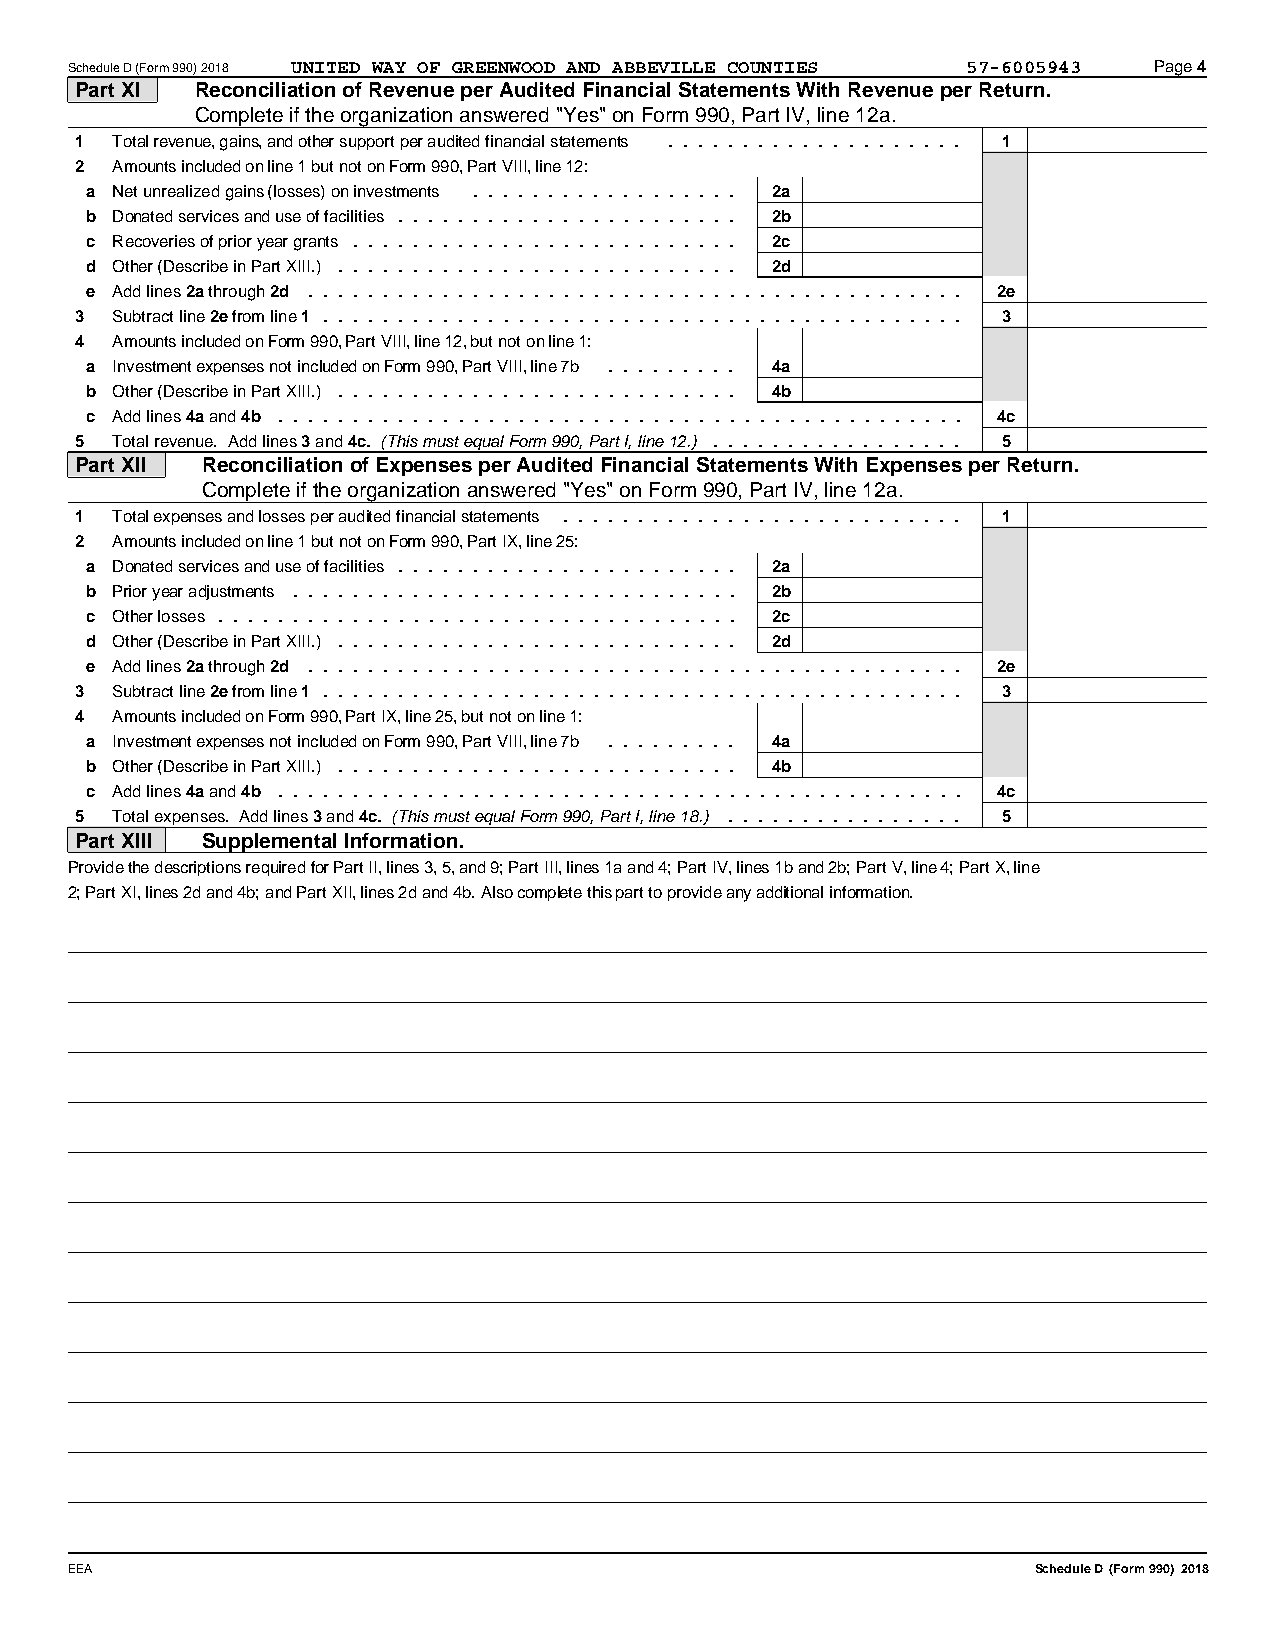
Schedule D (Form 990) 2018 UNITED WAY OF GREENWOOD AND ABBEVILLE COUNTIES 57-6005943 Page 4
 Part XI Reconciliation of Revenue per Audited Financial Statements With Revenue per Return.
 Complete if the organization answered "Yes" on Form 990, Part IV, line 12a.
 1 Total revenue, gains, and other support per audited financial statements .................... 1
 2 Amounts included on line 1 but not on Form 990, Part VIII, line 12:
 a Net unrealized gains (losses) on investments .................. 2a
 b Donated services and use of facilities....................... 2b
 c Recoveries of prior year grants .......................... 2c
 d Other (Describe in Part XIII.) ........................... 2d
 e Add lines 2a through 2d ............................................ 2e
 3 Subtract line 2e from line 1 ........................................... 3
 4 Amounts included on Form 990, Part VIII, line 12, but not on line 1:
 a Investment expenses not included on Form 990, Part VIII, line 7b ......... 4a
 b Other (Describe in Part XIII.) ........................... 4b
 c Add lines 4a and 4b .............................................. 4c
 5 Total revenue. Add lines 3 and 4c. (This must equal Form 990, Part I, line 12.) ................. 5
 Part XII Reconciliation of Expenses per Audited Financial Statements With Expenses per Return.
 Complete if the organization answered "Yes" on Form 990, Part IV, line 12a.
 11 Total expenses and losses per audited financial statements ........................... 1
 22 Amounts included on line 1 but not on Form 990, Part IX, line 25:
 aa Donated services and use of facilities....................... 2a
 bb Prior year adjustments .............................. 2b
 cc Other losses ................................... 2c
 dd Other (Describe in Part XIII.) ........................... 2d
 ee Add lines 2a through 2d ............................................ 2e
 33 Subtract line 2e from line 1 ........................................... 3
 44 Amounts included on Form 990, Part IX, line 25, but not on line 1:
 aa Investment expenses not included on Form 990, Part VIII, line 7b ......... 4a
 bb Other (Describe in Part XIII.) ........................... 4b
 cc Add lines 4a and 4b .............................................. 4c
 55 Total expenses. Add lines 3 and 4c. (This must equal Form 990, Part I, line 18.) ................ 5
 Part XIII Supplemental Information.
 Provide the descriptions required for Part II, lines 3, 5, and 9; Part III, lines 1a and 4; Part IV, lines 1b and 2b; Part V, line 4; Part X, line
 2; Part XI, lines 2d and 4b; and Part XII, lines 2d and 4b. Also complete this part to provide any additional information.
 EEA                                                              Schedule D (Form 990) 2018